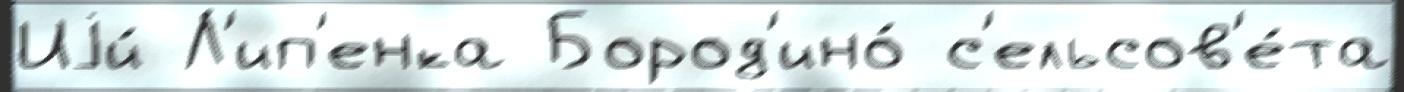
Иjи́ Л'ип'енка Бород'ино́ с'ельсов'е́та